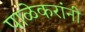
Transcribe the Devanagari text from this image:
पाळेकरांनी